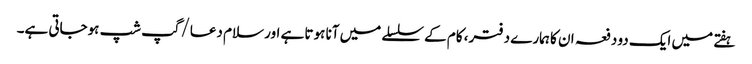
ہفتے میں ایک دو دفعہ ان کا ہمارے دفتر، کام کے سلسلے میں آنا ہوتا ہے اور سلام دعا/گپ شپ ہوجاتی ہے۔